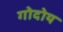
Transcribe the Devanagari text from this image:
गोदोय